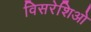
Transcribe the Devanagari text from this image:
विसरेशिओ